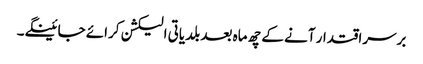
برسراقتدار آنے کے چھ ماہ بعد بلدیاتی الیکشن کرائے جائینگے۔